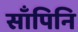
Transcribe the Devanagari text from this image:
साँपिनि